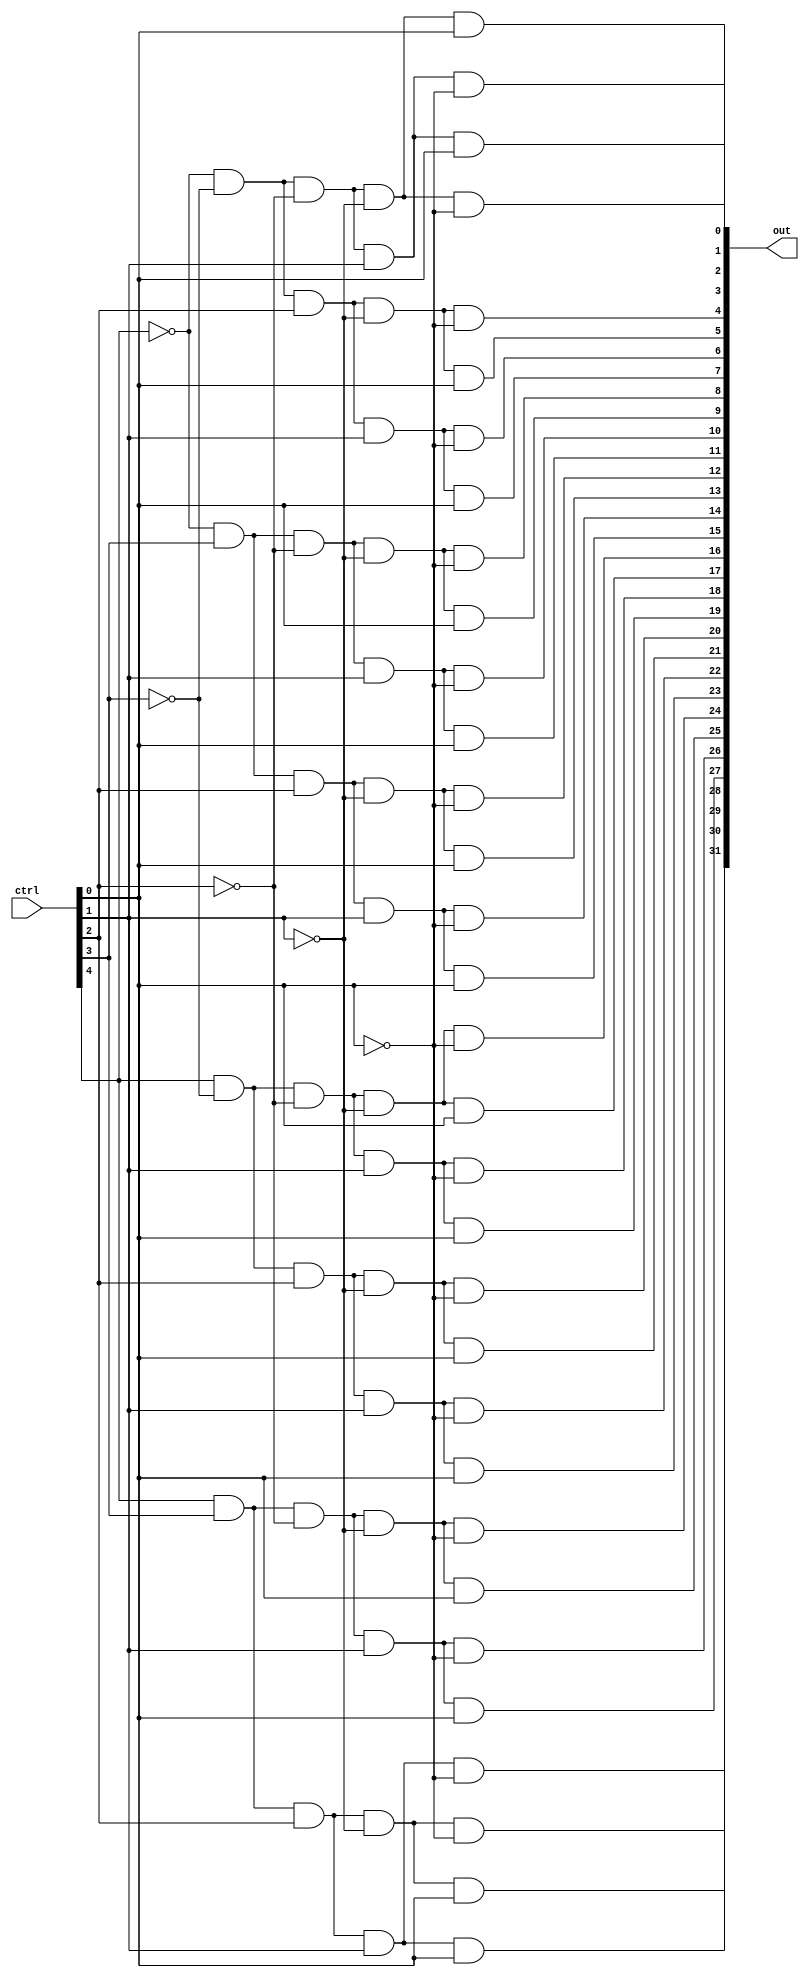
module decoder_32 (ctrl, out);
    
    input [4:0] ctrl;
    output [31:0] out;

    wire [4:0] ctrl_neg;

    genvar i;

    for (i = 0; i < 5; i = i + 1) begin
        not(ctrl_neg[i], ctrl[i]);
    end

    and(out[0], ctrl_neg[4], ctrl_neg[3], ctrl_neg[2], ctrl_neg[1], ctrl_neg[0]);
    and(out[1], ctrl_neg[4], ctrl_neg[3], ctrl_neg[2], ctrl_neg[1], ctrl[0]);
    and(out[2], ctrl_neg[4], ctrl_neg[3], ctrl_neg[2], ctrl[1], ctrl_neg[0]);
    and(out[3], ctrl_neg[4], ctrl_neg[3], ctrl_neg[2], ctrl[1], ctrl[0]);
    and(out[4], ctrl_neg[4], ctrl_neg[3], ctrl[2], ctrl_neg[1], ctrl_neg[0]);
    and(out[5], ctrl_neg[4], ctrl_neg[3], ctrl[2], ctrl_neg[1], ctrl[0]);
    and(out[6], ctrl_neg[4], ctrl_neg[3], ctrl[2], ctrl[1], ctrl_neg[0]);
    and(out[7], ctrl_neg[4], ctrl_neg[3], ctrl[2], ctrl[1], ctrl[0]);
    and(out[8], ctrl_neg[4], ctrl[3], ctrl_neg[2], ctrl_neg[1], ctrl_neg[0]);
    and(out[9], ctrl_neg[4], ctrl[3], ctrl_neg[2], ctrl_neg[1], ctrl[0]);
    and(out[10], ctrl_neg[4], ctrl[3], ctrl_neg[2], ctrl[1], ctrl_neg[0]);
    and(out[11], ctrl_neg[4], ctrl[3], ctrl_neg[2], ctrl[1], ctrl[0]);
    and(out[12], ctrl_neg[4], ctrl[3], ctrl[2], ctrl_neg[1], ctrl_neg[0]);
    and(out[13], ctrl_neg[4], ctrl[3], ctrl[2], ctrl_neg[1], ctrl[0]);
    and(out[14], ctrl_neg[4], ctrl[3], ctrl[2], ctrl[1], ctrl_neg[0]);
    and(out[15], ctrl_neg[4], ctrl[3], ctrl[2], ctrl[1], ctrl[0]);
    and(out[16], ctrl[4], ctrl_neg[3], ctrl_neg[2], ctrl_neg[1], ctrl_neg[0]);
    and(out[17], ctrl[4], ctrl_neg[3], ctrl_neg[2], ctrl_neg[1], ctrl[0]);
    and(out[18], ctrl[4], ctrl_neg[3], ctrl_neg[2], ctrl[1], ctrl_neg[0]);
    and(out[19], ctrl[4], ctrl_neg[3], ctrl_neg[2], ctrl[1], ctrl[0]);
    and(out[20], ctrl[4], ctrl_neg[3], ctrl[2], ctrl_neg[1], ctrl_neg[0]);
    and(out[21], ctrl[4], ctrl_neg[3], ctrl[2], ctrl_neg[1], ctrl[0]);
    and(out[22], ctrl[4], ctrl_neg[3], ctrl[2], ctrl[1], ctrl_neg[0]);
    and(out[23], ctrl[4], ctrl_neg[3], ctrl[2], ctrl[1], ctrl[0]);
    and(out[24], ctrl[4], ctrl[3], ctrl_neg[2], ctrl_neg[1], ctrl_neg[0]);
    and(out[25], ctrl[4], ctrl[3], ctrl_neg[2], ctrl_neg[1], ctrl[0]);
    and(out[26], ctrl[4], ctrl[3], ctrl_neg[2], ctrl[1], ctrl_neg[0]);
    and(out[27], ctrl[4], ctrl[3], ctrl_neg[2], ctrl[1], ctrl[0]);
    and(out[28], ctrl[4], ctrl[3], ctrl[2], ctrl_neg[1], ctrl_neg[0]);
    and(out[29], ctrl[4], ctrl[3], ctrl[2], ctrl_neg[1], ctrl[0]);
    and(out[30], ctrl[4], ctrl[3], ctrl[2], ctrl[1], ctrl_neg[0]);
    and(out[31], ctrl[4], ctrl[3], ctrl[2], ctrl[1], ctrl[0]);    

endmodule

module decoder_8 (ctrl, out);

    input [2:0] ctrl;
    output [7:0] out;

    wire [2:0] ctrl_neg;
    assign ctrl_neg = ~ctrl;

    and(out[0], ctrl_neg[2], ctrl_neg[1], ctrl_neg[0]);
    and(out[1], ctrl_neg[2], ctrl_neg[1], ctrl[0]);
    and(out[2], ctrl_neg[2], ctrl[1], ctrl_neg[0]);
    and(out[3], ctrl_neg[2], ctrl[1], ctrl[0]);
    and(out[4], ctrl[2], ctrl_neg[1], ctrl_neg[0]);
    and(out[5], ctrl[2], ctrl_neg[1], ctrl[0]);
    and(out[6], ctrl[2], ctrl[1], ctrl_neg[0]);
    and(out[7], ctrl[2], ctrl[1], ctrl[0]);

endmodule